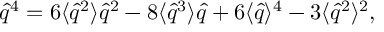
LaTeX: \hat { q } ^ { 4 } = 6 \langle \hat { q } ^ { 2 } \rangle \hat { q } ^ { 2 } - 8 \langle \hat { q } ^ { 3 } \rangle \hat { q } + 6 \langle \hat { q } \rangle ^ { 4 } - 3 \langle \hat { q } ^ { 2 } \rangle ^ { 2 } ,